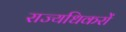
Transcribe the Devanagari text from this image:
राज्यधिकरों